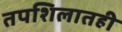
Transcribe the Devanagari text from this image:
तपशिलातही